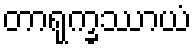
တာရုက္ခဿာယံ